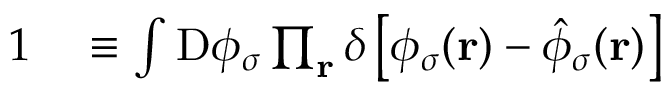
\begin{array} { r l } { 1 } & { { } \equiv \int \mathrm { D } \phi _ { \sigma } \prod _ { \mathbf { r } } \delta \left[ \phi _ { \sigma } ( \mathbf { r } ) - \hat { \phi } _ { \sigma } ( \mathbf { r } ) \right] } \end{array}